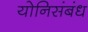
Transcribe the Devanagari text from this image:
योनिसंबंध